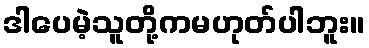
ဒါပေမဲ့သူတို့ကမဟုတ်ပါဘူး။